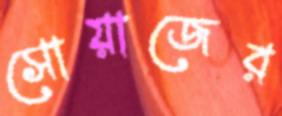
সোয়াজের